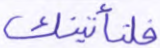
فلنأتينك